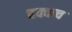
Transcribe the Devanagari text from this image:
हक्कच